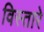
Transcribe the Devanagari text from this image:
विस्तारे